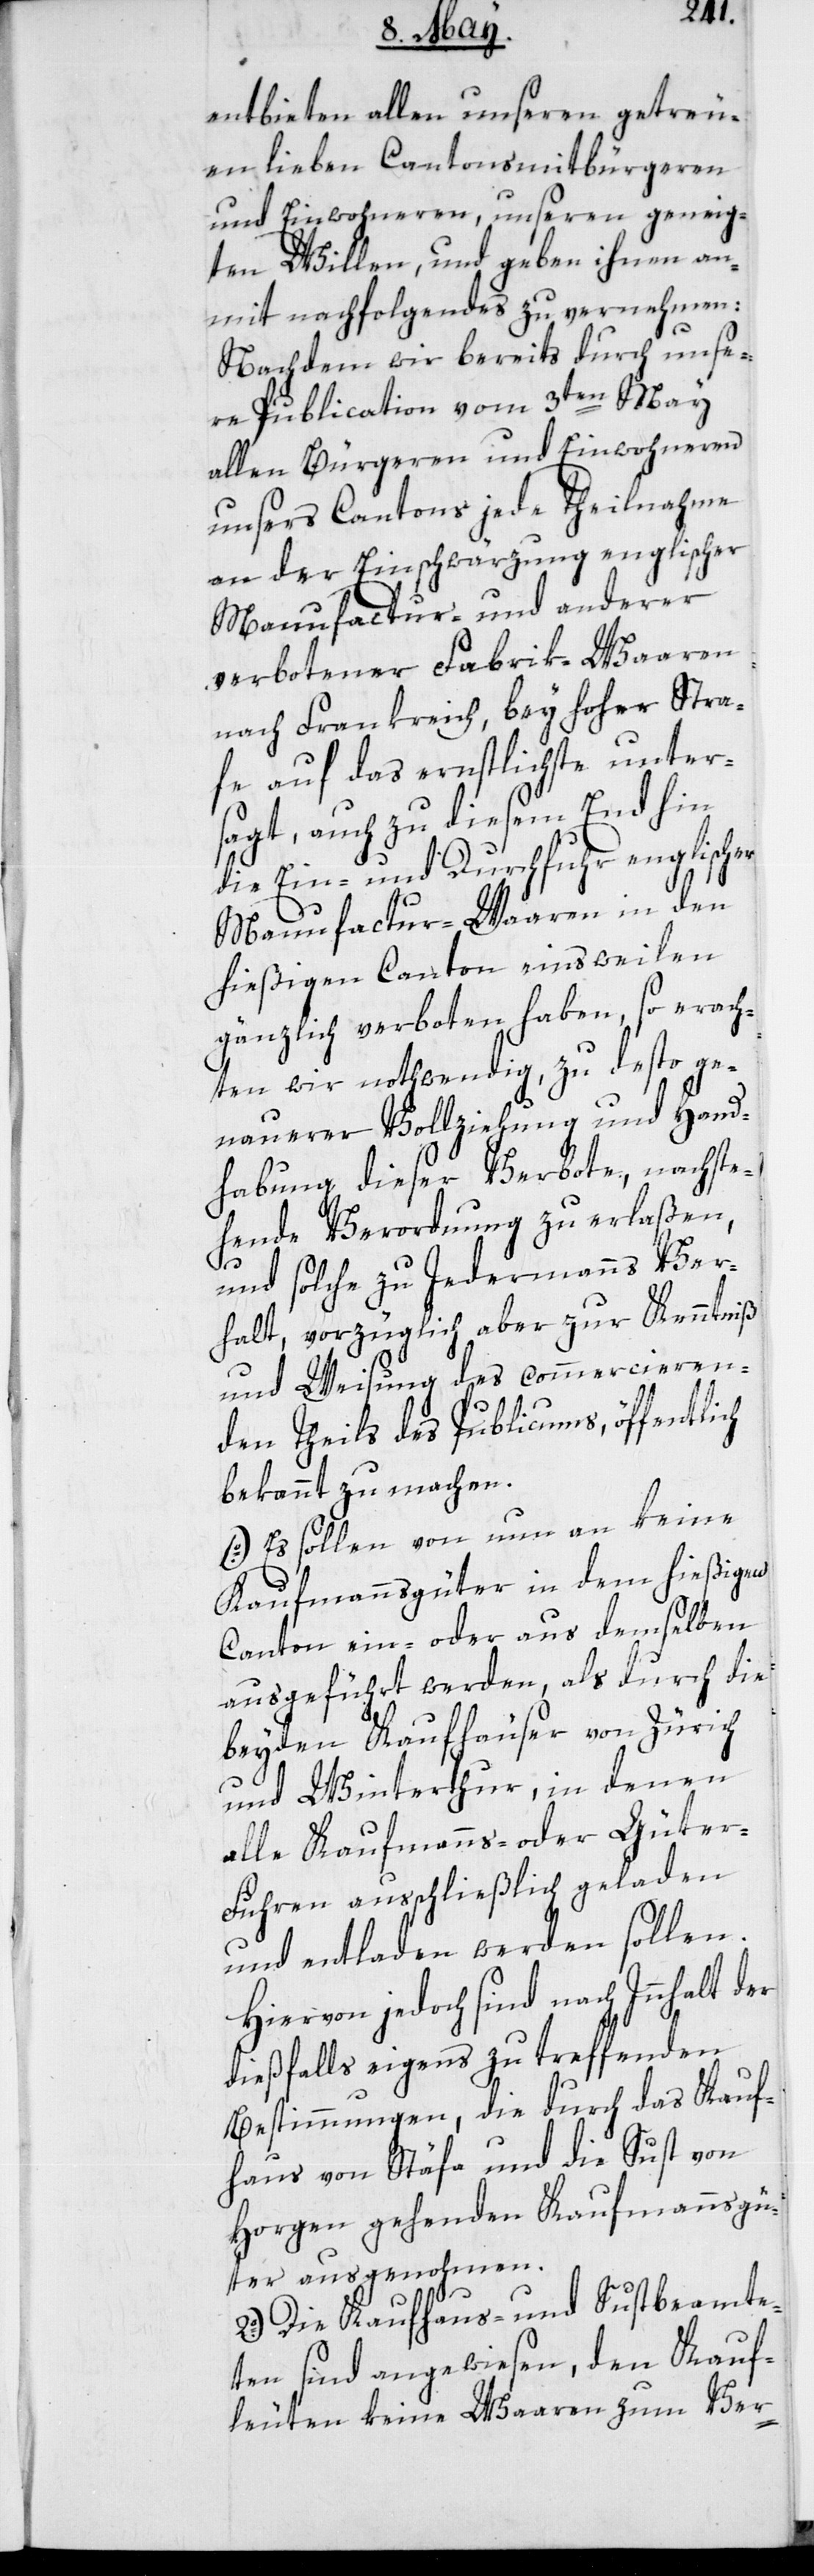
entbieten allen unseren getreu¬
en lieben Cantonsmitbürgeren
und Einwohneren, unseren geneig¬
ten Willen, und geben ihnen an¬
mit nachfolgendes zu vernehmen:
Nachdem wir bereits durch unse¬
re Publication vom 3ten May
allen Bürgeren und Einwohneren
unsers Cantons jede Theilnahme
an der Einschwärzung englischer
Manufactur- und anderer
verbotener Fabrik-Waaren
nach Frankreich, bey hoher Stra¬
fe auf das ernstlichste unter¬
sagt, auch zu diesem End hin
die Ein- und Durchfuhr englischer
Manufactur-Waaren in den
hießigen Canton einsweilen
gänzlich verboten haben, so erach¬
ten wir nothwendig, zu desto ge¬
nauerer Vollziehung und Hand¬
habung dieser Verbote, nachste¬
hende Verordnung zu erlaßen,
und solche zu Jedermanns Ver¬
halt, vorzüglich aber zur Kenntniß
und Weisung des commercieren¬
den Theils des Publicums, öffentlich
bekannt zu machen.
1o.) Es sollen von nun an keine
Kaufmannsgüter in dem hießigen
Canton ein- oder aus demselben
ausgeführt werden, als durch die
beyden Kaufhäuser von Zürich
und Winterthur, in denen
alle Kaufmanns- oder Güte¬
r-Fuhren ausschließlich geladen
und entladen werden sollen.
Hiervon jedoch sind nach Innhalt der
dießfalls eigens zu treffenden
Bestimmungen, die durch das Kauf¬
haus von Stäfa und die Sust von
Horgen gehenden Kaufmannsgü¬
ter ausgenohmen.
2o.) Die Kaufhaus- und Sustbeamte¬
ten sind angewiesen, den Kauf¬
leuten keine Waaren zum Ver-